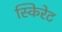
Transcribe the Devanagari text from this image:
स्किरेट